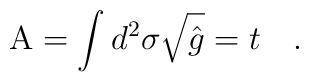
{\rm A} = \int d^2\sigma {\sqrt{\hat g}} =t \quad .